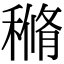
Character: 𥠿